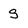
Character: s